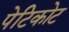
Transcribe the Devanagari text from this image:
पेटिकोट